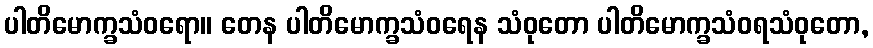
ပါတိမောက္ခသံဝရော။ တေန ပါတိမောက္ခသံဝရေန သံဝုတော ပါတိမောက္ခသံဝရသံဝုတော,